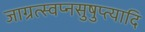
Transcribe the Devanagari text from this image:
जाग्रत्स्वप्नसुषुप्त्यादि